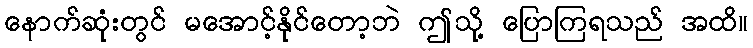
နောက်ဆုံးတွင် မအောင့်နိုင်တော့ဘဲ ဤသို့ ပြောကြရသည် အထိ။